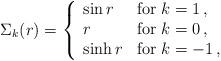
LaTeX: \begin{align*}\Sigma_k(r) = \left\{ \begin{array}{ll}\sin r & \mbox{for $k=1$}\,, \\r & \mbox{for $k=0$}\,, \\\sinh r & \mbox{for $k=-1$}\,, \end{array} \right.\end{align*}